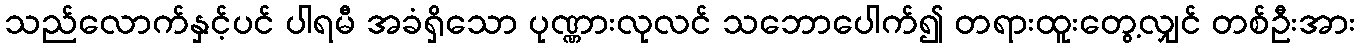
သည်လောက်နှင့်ပင် ပါရမီ အခံရှိသော ပုဏ္ဏားလုလင် သဘောပေါက်၍ တရားထူးတွေ့လျှင် တစ်ဦးအား